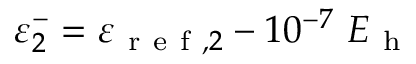
\varepsilon _ { 2 } ^ { - } = \varepsilon _ { \mathrm { ~ r ~ e ~ f ~ } , 2 } - 1 0 ^ { - 7 } \ E _ { \mathrm { ~ h ~ } }